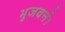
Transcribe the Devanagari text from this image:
भुजवनं।